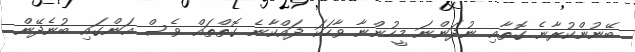
ބޭނުންކުރާނެ ގޮތާއި ނުދަންނަ މީހުންނާ ވާހަކަ ދައްކާނެ ގޮތްތައް ވެސް އަންގައި ބުނެދޭން